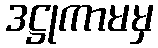
ဒဋ္ဌုကာမမှ